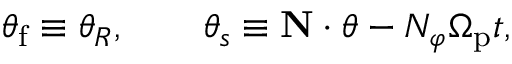
\begin{array} { r } { \theta _ { \mathrm { f } } \equiv \theta _ { R } , \, \, \, \, \, \, \, \, \, \, \, \, \theta _ { s } \equiv \mathbf { N } \cdot \boldsymbol { \theta } - N _ { \varphi } \Omega _ { \mathrm { p } } t , } \end{array}